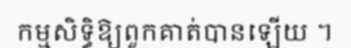
កម្មសិទ្ធិឱ្យពួកគាត់បានឡើយ ។